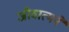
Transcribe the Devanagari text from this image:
जीवात्मने